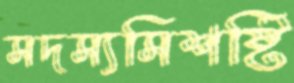
সদস্যসিশষ্টি